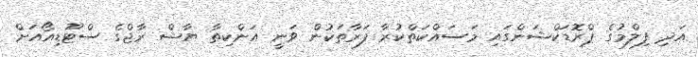
އަދި ފިލްމުގެ ޕްރޮޑަކްޝަންގައި މަސައްކަތްކުރާ ފަރާތަކުން ވަނީ އަންކިތާ ޔާޝް ރާޖްގެ ސްޓޫޑިއޯއަށް